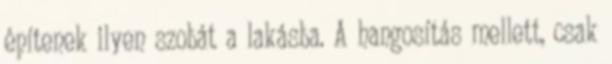
építenek ilyen szobát a lakásba. A hangosítás mellett, csak